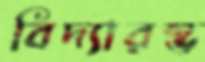
বিদ্যারম্ভ